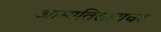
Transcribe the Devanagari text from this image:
आमातिसारावर